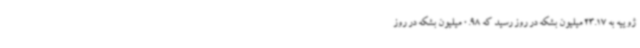
ژوییه به 23.17 میلیون بشکه در روز رسید که 0.98 میلیون بشکه در روز